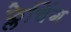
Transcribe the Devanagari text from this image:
फ्लेचिंग